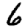
Digit: 6